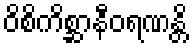
ဝိစိကိစ္ဆာနီဝရဏန္တိ